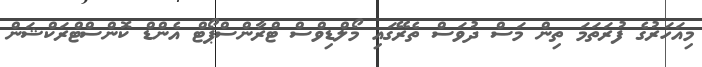
މިއަހަރުގެ ފުުރަތަމަ ތިން މަސް ދުވަސް ތެރޭގައި މޯލްޑިވްސް ޓްރާންސްޕޯޓް އެންޑް ކޮންސްޓްރަކްޝަން